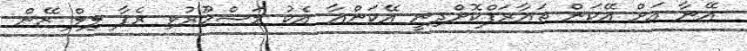
އޭނާ އަށް އޭކަން ތައާރަފްކޮށްދިނީ އޭކަންއާ އެކު މަޝްހޫރުވި ރެޕާ ލިލް ޒޭން